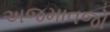
અજમાવજો